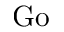
\mathrm { G o }